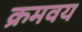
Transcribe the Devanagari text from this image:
क्रमवय